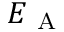
E _ { \mathrm { ~ A ~ } }